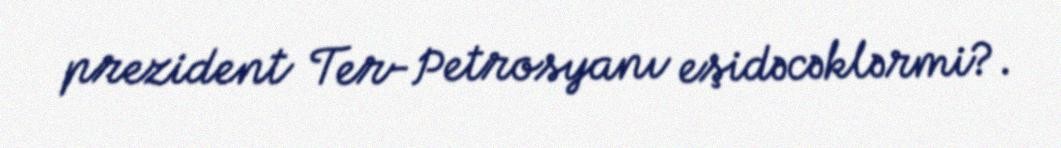
prezident Ter-Petrosyanı eşidəcəklərmi?.